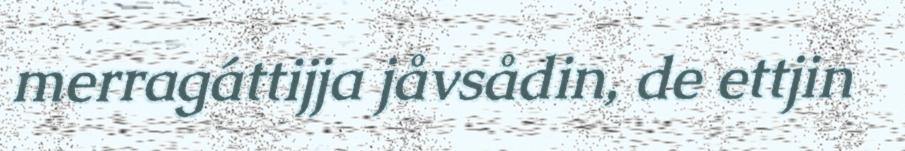
merragáttijja jåvsådin, de ettjin